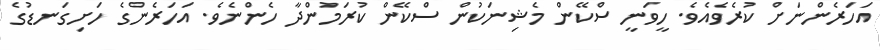
އަހަރެންނަށް ކުރެވެއެވެ. ހީވަނީ ސްކޭން މެޝިނަކުން ސްކޭން ކުރަމުންދާ ހެންނެވެ. އަހަރެންގެ ހަށިގަނޑުގެ